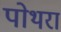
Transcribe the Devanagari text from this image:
पोथरा